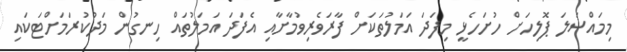
މިމައްސަލަ ޕޮލިހަށް ހުށަހެޅީ މިފަދަ އަމަލުތަކަށް ފާރަވެރިވުމާށާއި އެފަދަ އަމަލުތައް ހިނގުން މަދުކުރަމަށްޓަކައި